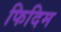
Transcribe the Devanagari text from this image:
फिदिम